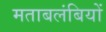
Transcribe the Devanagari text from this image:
मताबलंबियों